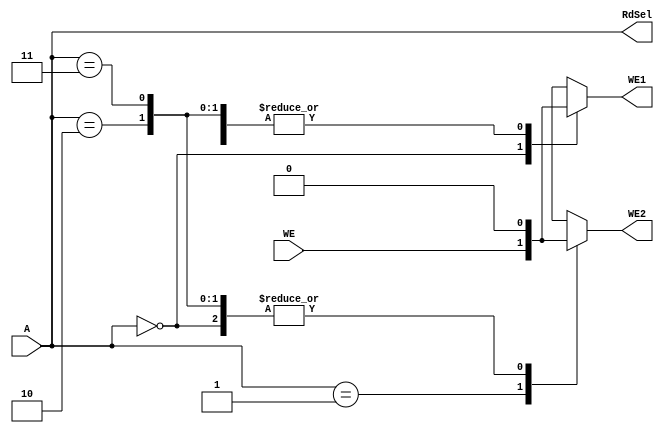
`timescale 1ns / 1ps
//////////////////////////////////////////////////////////////////////////////////
// Company: 
// Engineer: 
// 
// Design Name: 
// Module Name: fact_ad
// Project Name: 
// Target Devices: 
// Tool Versions: 
// Description: 
// 
// Dependencies: 
// 
// Revision:
// Revision 0.01 - File Created
// Additional Comments:
// 
//////////////////////////////////////////////////////////////////////////////////


module fact_ad(
        input   wire    [1:0]   A,
        input   wire            WE,
        output  reg             WE1,
        output  reg             WE2,
        output  wire    [1:0]   RdSel
    );
    
    always @ (*) begin
        case(A)
            2'b00: begin
                WE1 = WE;
                WE2 = 1'b0;
            end
            
            2'b01: begin
                WE1 = 1'b0;
                WE2 = WE;
            end
            
            2'b10: begin
                WE1 = 1'b0;
                WE2 = 1'b0;
            end
            
            2'b11: begin
                WE1 = 1'b0;
                WE2 = 1'b0;
            end
            
            default: begin
                WE1 = 1'bx;
                WE2 = 1'bx;
            end
        endcase
    end
    
    assign RdSel = A;
    
endmodule